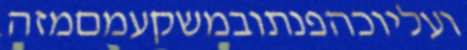
ועליוכהפנתובמשקעמםמזה